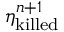
\eta _ { \mathrm { k i l l e d } } ^ { n + 1 }